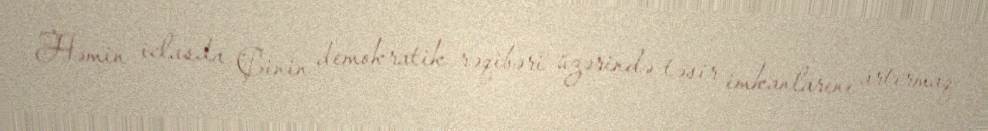
Həmin iclasda Çinin demokratik rəqibəri üzərində təsir imkanlarını artırmaq